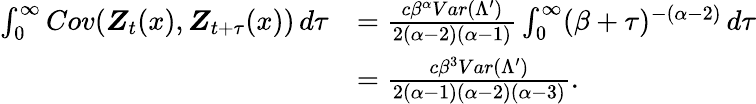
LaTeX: \begin{array}{rl}{\int_{0}^{\infty}Cov(\boldsymbol{Z}_{t}(x),\boldsymbol{Z}_{t+\tau}(x))\, d\tau}&{=\frac{c\beta^{\alpha}Var(\Lambda^{\prime})}{2(\alpha-2)(\alpha-1)}\int_{0}^{\infty}(\beta+\tau)^{-(\alpha-2)}\, d\tau}\\ &{=\frac{c\beta^{3}Var(\Lambda^{\prime})}{2(\alpha-1)(\alpha-2)(\alpha-3)}.}\end{array}